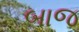
બાજ